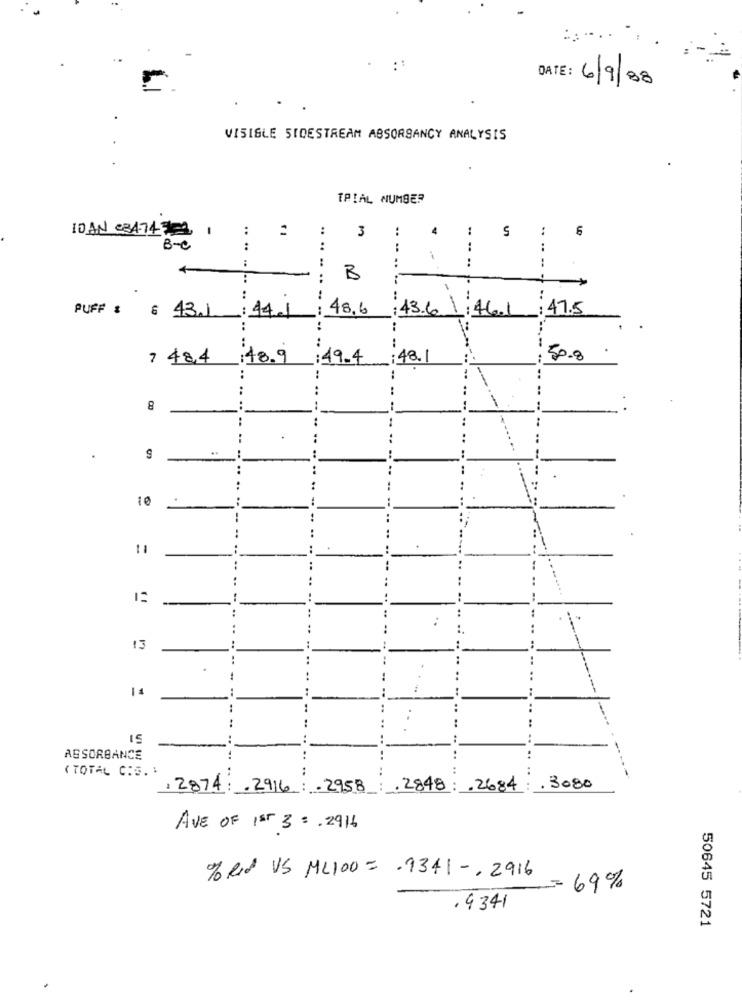
DATE: 6/9/88
VISIBLE SIDESTREAM ABSORSANCY ANALYSIS
TRIAL NUMBER
10 AN c3474
:
:
3
4
S
:
6
B-C
..
:
:
:
:
--
:
B
:
48,6
:43.6.1:46.1
: 47.5
PUFF : 6 43.1:44.1
..
:
7484 48.9
:49.4 :48.1
50.8
.
..
..
8
--
..
..
:
:
10
-- --
..
..
:
..
13
.. ..
--
..
..
15
..
ABSORBANCE
..
..
( TOTAL C:S. :
..
--
.2874 .2916 :- 2958
.2848 : 2684
.3080
AVE OF 1ST 3 : 2916
% Rd VS ML100 = . 9341 -, 2916
=69%
. 9341
50645 5721